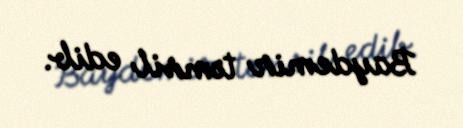
Baydemir təmsil edib.